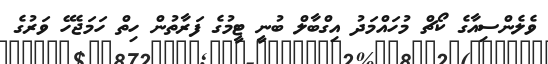
ވެލެންސިއާގެ ކޯޗް މުހައްމަދު އިގްބާލް ބުނީ ޓީމުގެ ފަރާތުން ހިތް ހަމަޖެހޭ ވަރުގެ